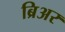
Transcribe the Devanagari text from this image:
ब्रिअर